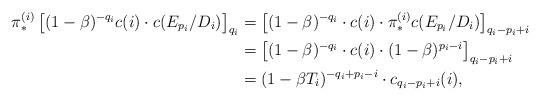
LaTeX: \begin{align*} \pi^{(i)}_*\left[ (1-\beta )^{-q_i} c(i)\cdot c(E_{p_i}/D_i) \right]_{q_i} &= \left[ (1-\beta )^{-q_i} \cdot c(i) \cdot \pi^{(i)}_*c(E_{p_i}/D_i) \right]_{q_i-p_i+i} \\ &= \left[ (1-\beta )^{-q_i} \cdot c(i) \cdot (1-\beta)^{p_i-i} \right]_{q_i-p_i+i} \\ &= (1-\beta T_i)^{-q_i+p_i-i}\cdot c_{q_i-p_i+i}(i),\end{align*}